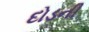
દોડની